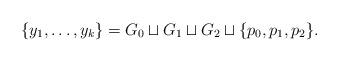
LaTeX: \begin{align*} \{y_1,\ldots,y_k\} = G_0\sqcup G_1\sqcup G_2\sqcup\{p_0,p_1,p_2\}. \end{align*}